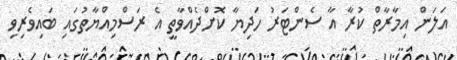
އަލަން އިމާރާތް ކުރާ އާ ސެންޓަރު ހަދިޔާ ކޮށްދެއްވާތީ އެ ރަސްމިއްޔާތުގައި ބައިވެރިވި